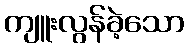
ကျူးလွန်ခဲ့သော